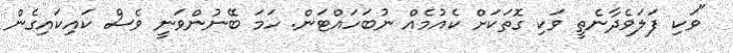
"ވަކި ފަލަވެދާނެތީ ވަކި ގޮތަކަށް ކެއުމެއް ނުބަހައްޓަން. ހަމަ ބޭނުންވަނީ ވެސް ކައިކައިގެން